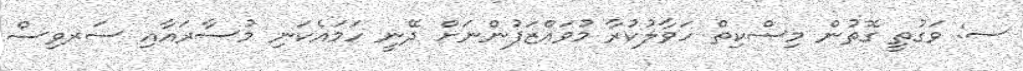
ސ: ވަގުތީ ގޮތުން މިސްކިތް ހަވާލުކުރާ މުވައްޒަފުންނަށް ދޭނީ ހަމައެކަނި މުސާރައާއި ސަރވިސް